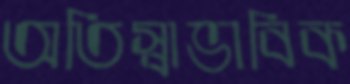
অতিস্বাভাবিক